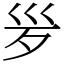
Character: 𣧄